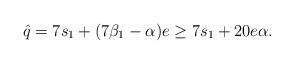
LaTeX: \begin{align*} \hat{q}=7 s_1+(7 \beta_1- \alpha) e\ge7 s_1+20e \alpha.\end{align*}